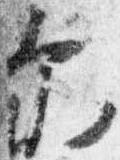
示